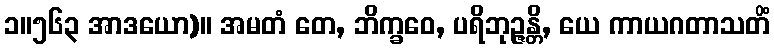
၁။၅၆၃ အာဒယော)။ အမတံ တေ, ဘိက္ခဝေ, ပရိဘုဉ္ဇန္တိ, ယေ ကာယဂတာသတိံ